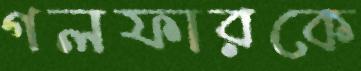
গলফারকে